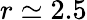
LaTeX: r\simeq 2.5